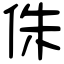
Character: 侏